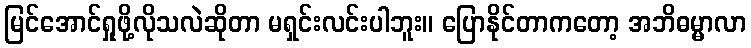
မြင်အောင်ရှုဖို့လိုသလဲဆိုတာ မရှင်းလင်းပါဘူး။ ပြောနိုင်တာကတော့ အဘိဓမ္မာလာ